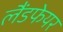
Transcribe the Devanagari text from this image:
लैंडफेयर